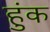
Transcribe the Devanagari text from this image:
हुंक